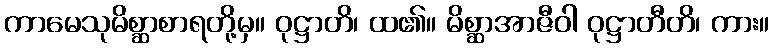
ကာမေသုမိစ္ဆာစာရတို့မှ။ ဝုဋ္ဌာတိ၊ ထ၏။ မိစ္ဆာအာဇီဝါ ဝုဋ္ဌာတီတိ၊ ကား။